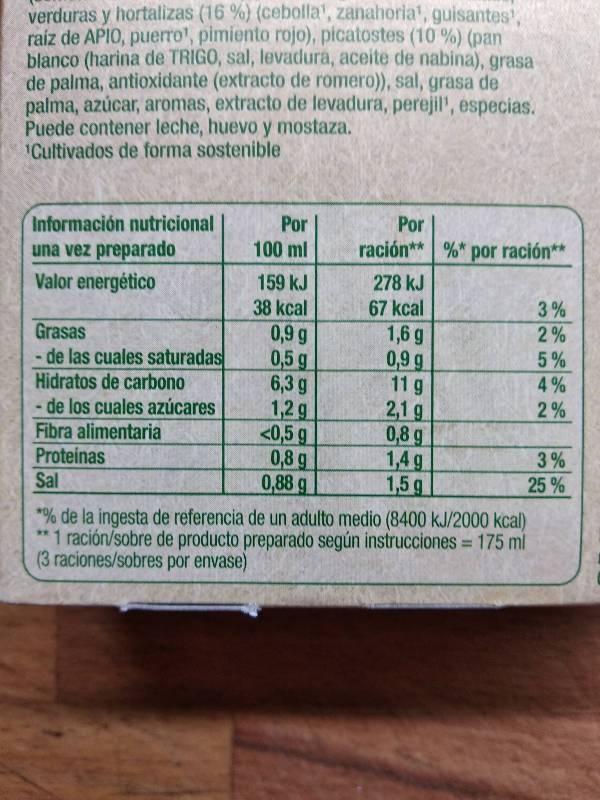
verduras y hortalizas (16 %) (cebolla, zanahoria, guisantes raíz de APIO, puerro, pimiento rojo), picatostes (10%) (pan blanco (harina de TRIGO, sal, levadura, aceite de nabina), grasa de palma, antioxidante (extracto de romero)), sal, grasa de palma, azúcar, aromas, extracto de levadura, perejil', especias. Puede contener leche, huevo y mostaza. Cultivados de forma sostenible Por Por 100 ml 159 kJ 38 kcal 0,9 g 0,5 g 6,3 g 1,2 g <0,5 g 0,8g 0,88g Información nutricional ración** %* por ración** una vez preparado Valor energético 278 kJ 67 kcal 1,6 g 0,9 g 11 g 2,1 g 0,8 g 1,4 g 1,5 g 3 % 2% 5% 4 % 2% Grasas -de las cuales saturadas Hidratos de carbono -de los cuales azúcares Fibra alimentaria Proteínas Sal 3% 25 % % de la ingesta de referencia de un adulto medio (8400 kJ/2000 kcal) 1 ración/sobre de producto preparado según instrucciones (3 raciones/sobres por envase) 175 ml